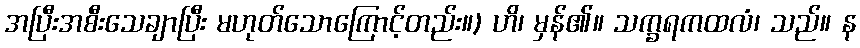
အပြီးအစီးသေချာပြီး မဟုတ်သောကြောင့်တည်း။) ဟိ၊ မှန်၏။ သက္ခရကထလံ၊ သည်။ န